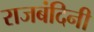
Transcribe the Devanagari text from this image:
राजबंदिनी